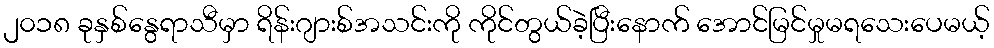
၂၀၁၈ ခုနှစ်နွေရာသီမှာ ရိန်းဂျားစ်အသင်းကို ကိုင်တွယ်ခဲ့ပြီးနောက် အောင်မြင်မှုမရသေးပေမယ့်